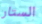
الستار